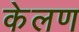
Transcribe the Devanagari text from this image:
केलण